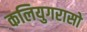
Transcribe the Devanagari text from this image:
कलियुगरासो